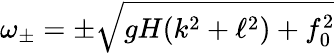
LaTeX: \omega_{\pm}=\pm\sqrt{gH(k^{2}+\ell^{2})+f_{0}^{2}}